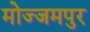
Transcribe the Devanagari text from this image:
मोज्जमपुर